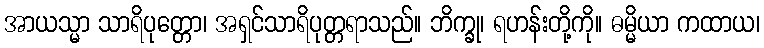
အာယသ္မာ သာရိပုတ္တော၊ အရှင်သာရိပုတ္တရာသည်။ ဘိက္ခု၊ ရဟန်းတို့ကို။ ဓမ္မိယာ ကထာယ၊